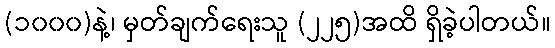
(၁၀၀၀)နဲ့၊ မှတ်ချက်ရေးသူ (၂၂၅)အထိ ရှိခဲ့ပါတယ်။